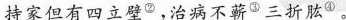
持家但有四立壁^{②}，治病不蕲^{③}三折肱^{④ }。